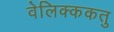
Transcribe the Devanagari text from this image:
वेलिक्ककतु